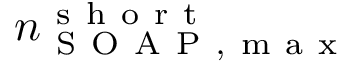
n _ { \mathrm { ~ S ~ O ~ A ~ P ~ , ~ m ~ a ~ x ~ } } ^ { \mathrm { ~ s ~ h ~ o ~ r ~ t ~ } }